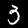
Digit: 3